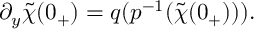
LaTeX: ~ \partial _ { y } \tilde { \chi } ( 0 _ { + } ) = q ( p ^ { - 1 } ( \tilde { \chi } ( 0 _ { + } ) ) ) .